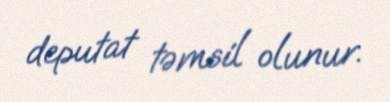
deputat təmsil olunur.